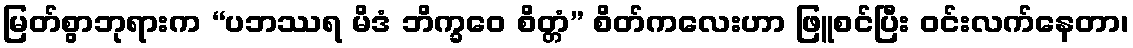
မြတ်စွာဘုရားက “ပဘဿရ မိဒံ ဘိက္ခဝေ စိတ္တံ” စိတ်ကလေးဟာ ဖြူစင်ပြီး ဝင်းလက်နေတာ၊